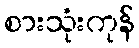
စားသုံးကုန်